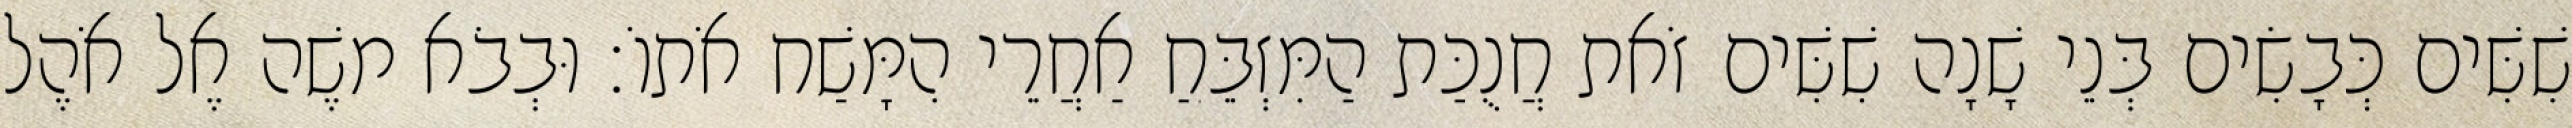
שִׁשִּׁים כְּבָשִׂים בְּנֵי שָׁנָה שִׁשִּׁים זֹאת חֲנֻכַּת הַמִּזְבֵּחַ אַחֲרֵי הִמָּשַׁח אֹתוֹ׃ וּבְבֹא משֶׁה אֶל אֹהֶל